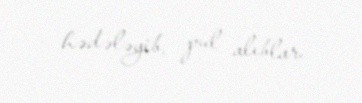
hədələyib, pul alıblar.